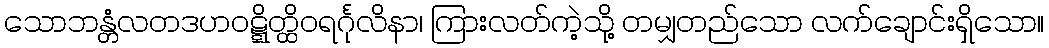
သောဘန္တံလတဒဟဝဋ္ဋိတ္ထိဝရင်္ဂုလိနာ၊ ကြားလတ်ကဲ့သို့ တမျှတည်သော လက်ချောင်းရှိသော။